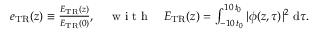
\begin{array} { r } { e _ { \mathrm { { T R } } } ( z ) \equiv \frac { E _ { \mathrm { { T R } } } ( z ) } { E _ { \mathrm { { T R } } } ( 0 ) } , \quad \mathrm { ~ w ~ i ~ t ~ h ~ } \quad E _ { \mathrm { { T R } } } ( z ) = \int _ { - 1 0 \, t _ { 0 } } ^ { 1 0 \, t _ { 0 } } | \phi ( z , \tau ) | ^ { 2 } ~ \mathrm { { d } } \tau . } \end{array}